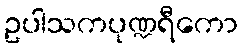
ဥပါသကပုဏ္ဍရီကော